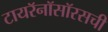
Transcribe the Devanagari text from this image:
टायरॅनॉसॉरसची